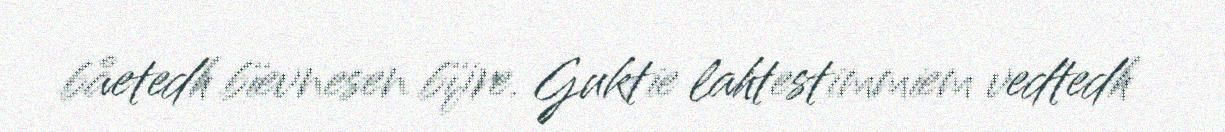
båetedh bïevnesen bïjre. Guktie lahtestimmiem vedtedh